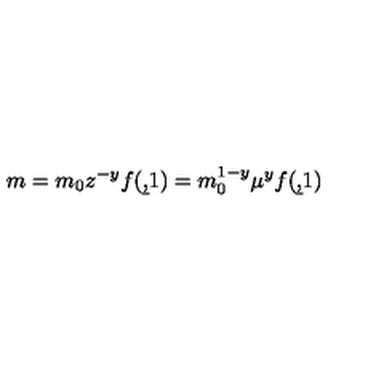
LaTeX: m = m _ { 0 } z ^ { - y } f ( \b , 1 ) = m _ { 0 } ^ { 1 - y } \mu ^ { y } f ( \b , 1 )